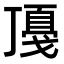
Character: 𢧻